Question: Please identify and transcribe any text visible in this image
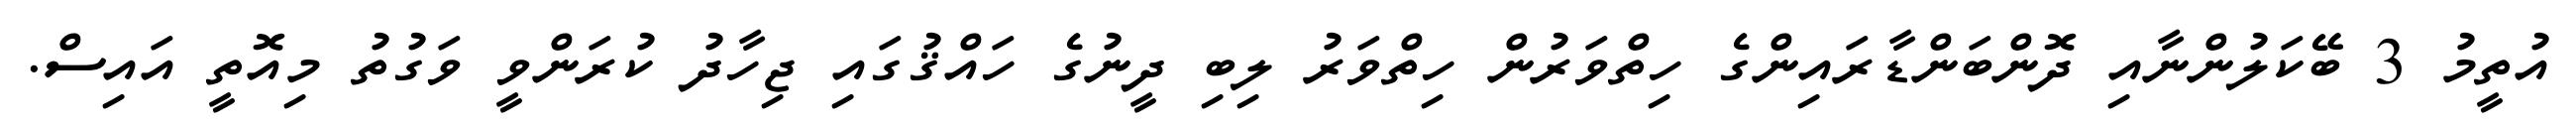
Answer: އުތީމު 3 ބޭކަލުންނާއި ދޮންބަންޑާރައިންގެ ހިތްވަރުން ހިތްވަރު ލިބި ދީނުގެ ހައްޤުގައި ޖިހާދު ކުރަންވީ ވަގުތު މިއޮތީ އައިސް.